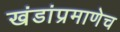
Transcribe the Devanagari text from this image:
खंडांप्रमाणेच